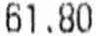
61.80